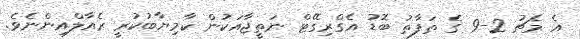
އެ މެޗު 2-9 ގެ ތަފާތު ބޮޑު އެގްރިގޭޓް ނަތީޖާއަކުން ކާމިޔާބުކުރީ ރެއާލްއިންނެވެ.